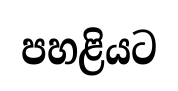
පහළියට